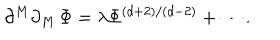
\partial ^ { M } \partial _ { M } \, \Phi = \lambda \Phi ^ { \left( d + 2 \right) / \left( d - 2 \right) } + \cdots .